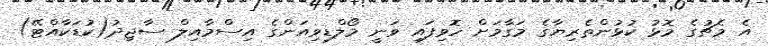
އެ މެޗުގެ މޮޅު ކުޅުންތެރިޔާގެ މަގާމަށް ހޮވިފައި ވަނީ މޯލްޑިވިއަންގެ އިސްމާއިލް ސާޖިދު(ކުޑަކާއްޓޭ)